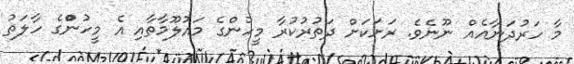
މާ ހަރުދަނާއެއް ނޫނެވެ. ރަށަކަށް ދަތުރުކުރާ މީހުންގެ މައުލޫމާތާއި އެ މީހުންްގެ ހާލަތު